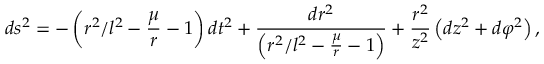
d s ^ { 2 } = - \left( r ^ { 2 } / l ^ { 2 } - \frac { \mu } { r } - 1 \right) d t ^ { 2 } + \frac { d r ^ { 2 } } { \left( r ^ { 2 } / l ^ { 2 } - \frac { \mu } { r } - 1 \right) } + \frac { r ^ { 2 } } { z ^ { 2 } } \left( d z ^ { 2 } + d \varphi ^ { 2 } \right) ,